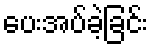
ပေးအပ်ခဲ့ခြင်း